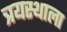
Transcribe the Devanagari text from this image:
त्रयस्थाला